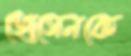
হোসেনকে